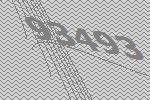
93493